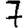
Digit: 7